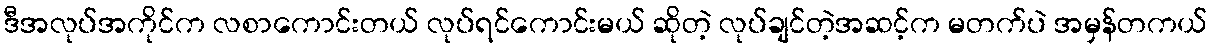
ဒီအလုပ်အကိုင်က လစာကောင်းတယ် လုပ်ရင်ကောင်းမယ် ဆိုတဲ့ လုပ်ချင်တဲ့အဆင့်က မတက်ပဲ အမှန်တကယ်